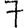
Digit: 7